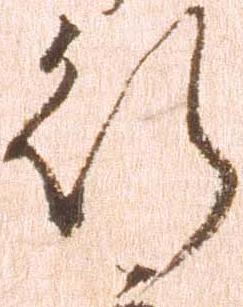
行